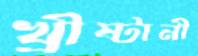
খ্রীষ্টানী